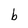
Character: b